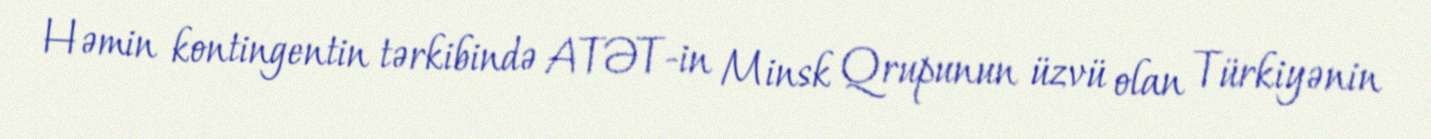
Həmin kontingentin tərkibində ATƏT-in Minsk Qrupunun üzvü olan Türkiyənin